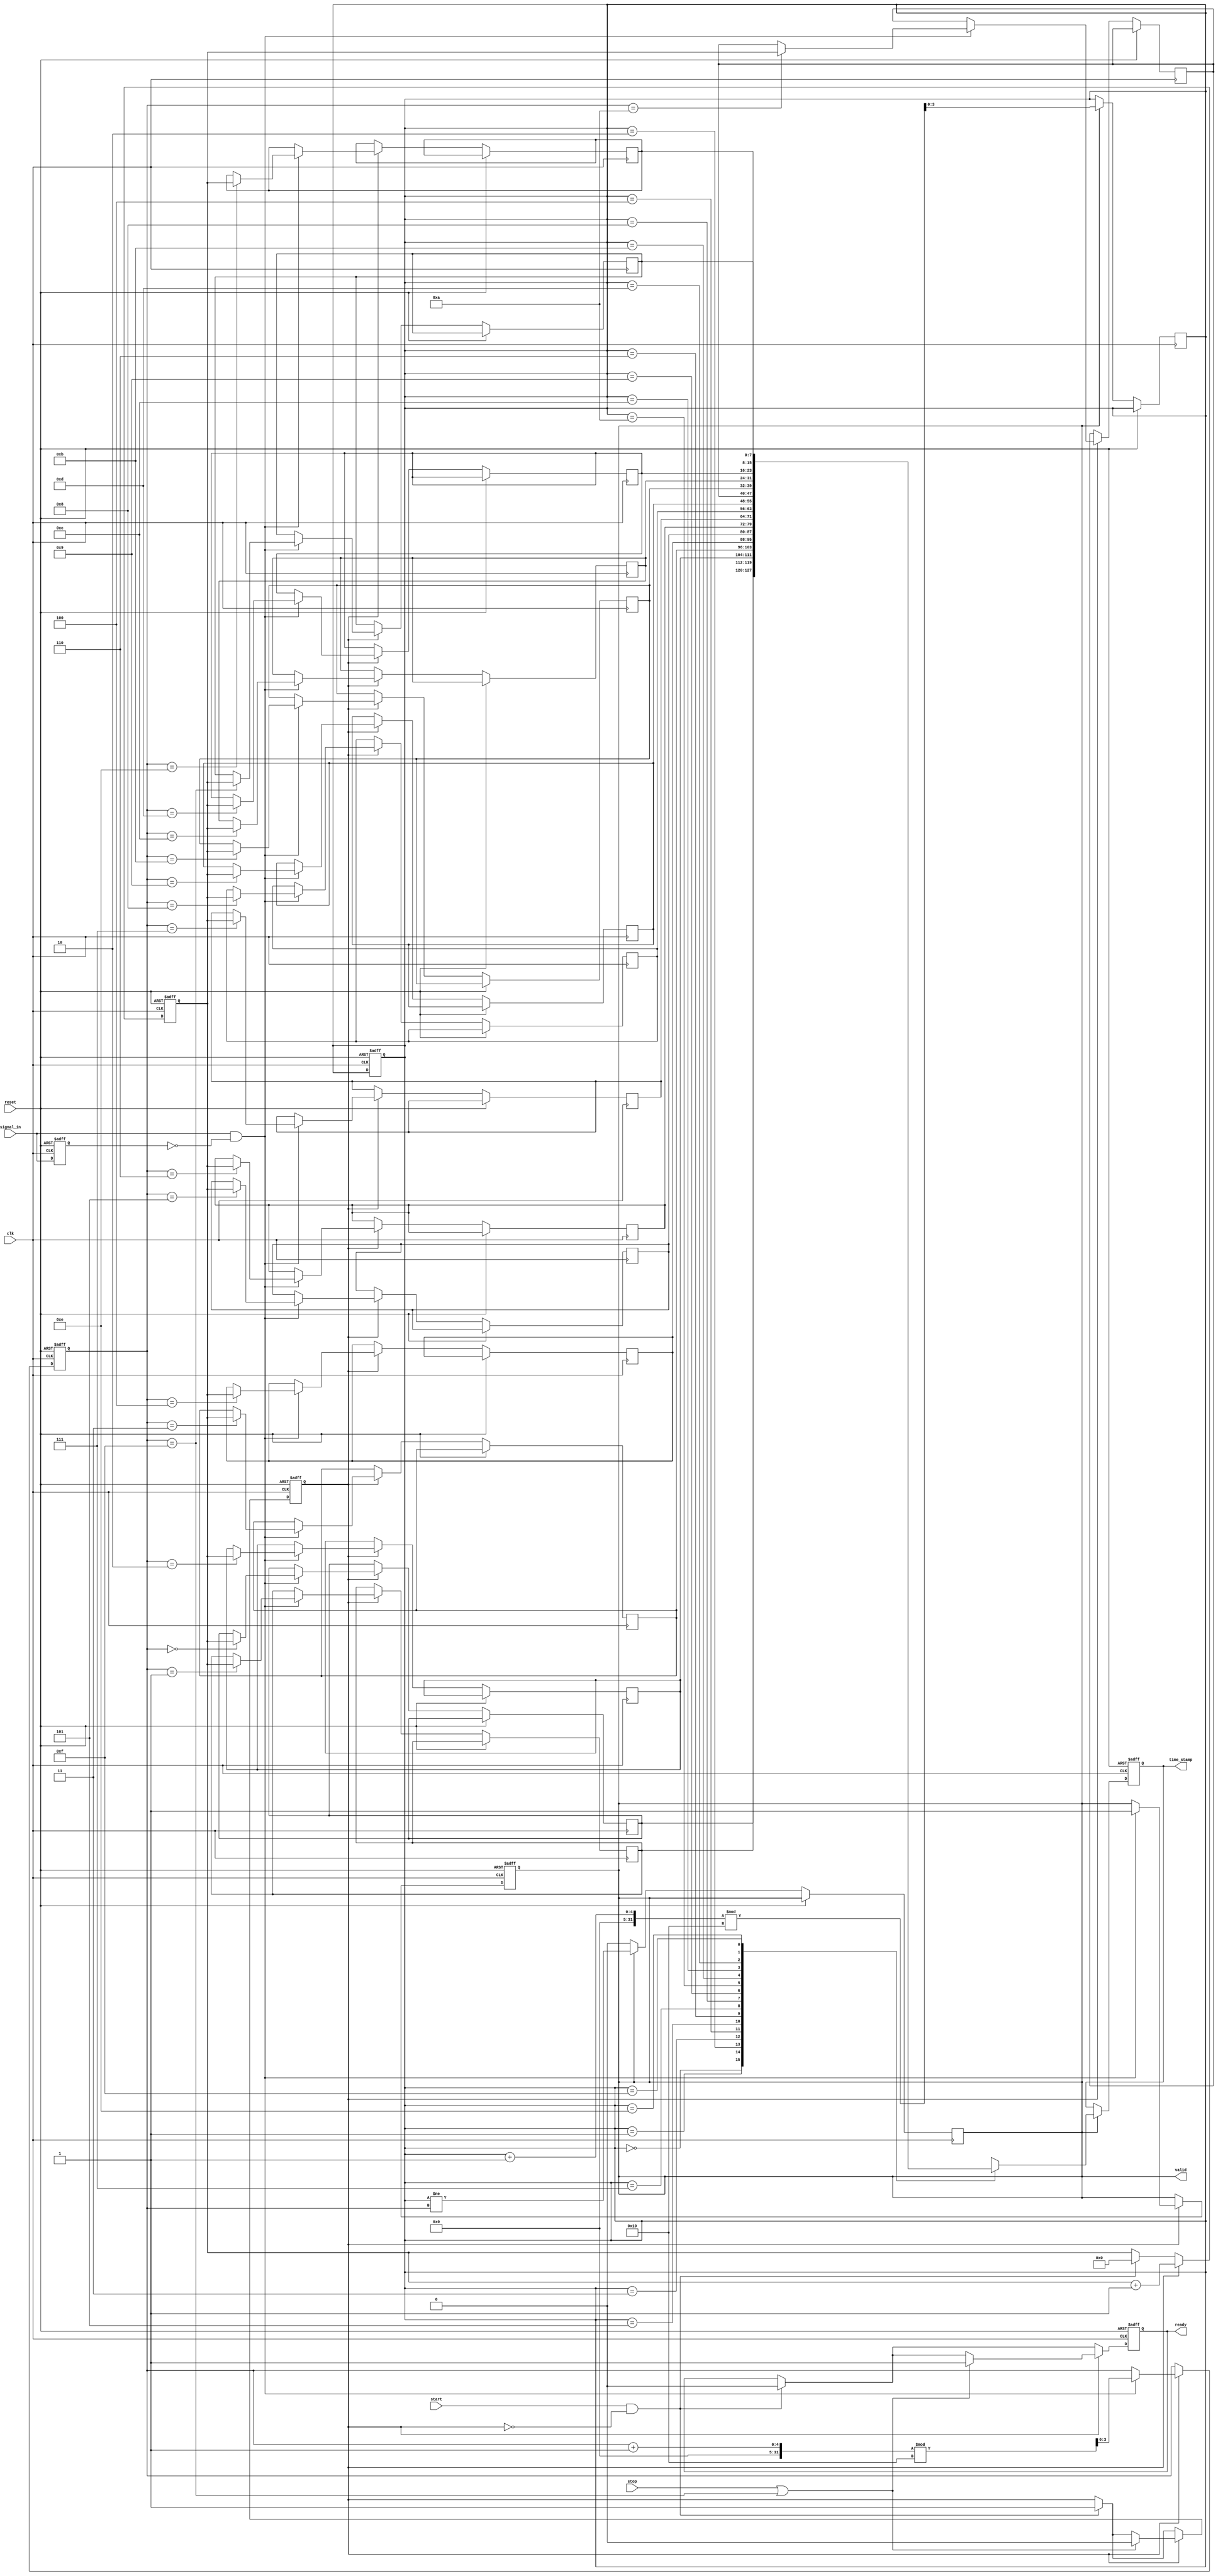
module tdc(
    input wire clk,                 // High-frequency sampling clock
    input wire reset,               // Reset signal
    input wire signal_in,           // Input analog signal conditioned (Digital representation)
    input wire start,               // Start measurement signal
    input wire stop,                // Stop measurement signal
    output reg ready,               // Indicates TDC status
    output reg [7:0] time_stamp,    // Output time measurement (8-bit for simplicity)
    output reg valid                // Indicates if output is valid
);

    // Parameters
    parameter MEMORY_DEPTH = 16;     // Define size of memory (FIFO)
    parameter TIME_WIDTH = 8;         // Width of time stamp

    // Internal signals
    reg [TIME_WIDTH-1:0] counter;     // Time counter
    reg [TIME_WIDTH-1:0] memory [0:MEMORY_DEPTH-1]; // Memory for storing time measurements
    reg [3:0] write_pointer;           // Pointer for writing to memory
    reg [3:0] read_pointer;            // Pointer for reading from memory
    reg measuring;                     // Measuring state flag

    // Edge detection logic
    reg signal_in_d; // Delayed version of the input signal

    always @(posedge clk or posedge reset) begin
        if (reset) begin
            signal_in_d <= 0;
        end else begin
            signal_in_d <= signal_in;
        end
    end

    // Counter and memory management
    always @(posedge clk or posedge reset) begin
        if (reset) begin
            counter <= 0;
            write_pointer <= 0;
            read_pointer <= 0;
            ready <= 1;
            measuring <= 0;
            valid <= 0;
        end else begin
            if (start && !measuring) begin
                measuring <= 1;
                counter <= 0; // Reset counter when measuring starts
                ready <= 0;   // TDC is busy
            end
            if (measuring) begin
                if (signal_in && !signal_in_d) begin // Rising edge detected
                    memory[write_pointer] <= counter; // Store current counter value in memory
                    write_pointer <= (write_pointer + 1) % MEMORY_DEPTH; // FIFO behavior
                    valid <= 1; // Output valid data
                end
                if (stop || (write_pointer == MEMORY_DEPTH - 1)) begin
                    measuring <= 0; // Stop measurement
                    ready <= 1; // TDC is ready for the next operation
                end
                counter <= counter + 1; // Increment counter every clock cycle
            end
        end
    end

    // Output section
    always @(posedge clk or posedge reset) begin
        if (reset) begin
            time_stamp <= 0;
        end else if (valid) begin
            time_stamp <= memory[read_pointer]; // Read time from memory
            read_pointer <= (read_pointer + 1) % MEMORY_DEPTH; // Move read pointer
            valid <= (read_pointer != write_pointer); // Set valid flag if data is available
        end
    end

endmodule